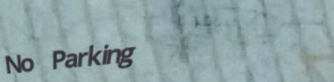
No Parking